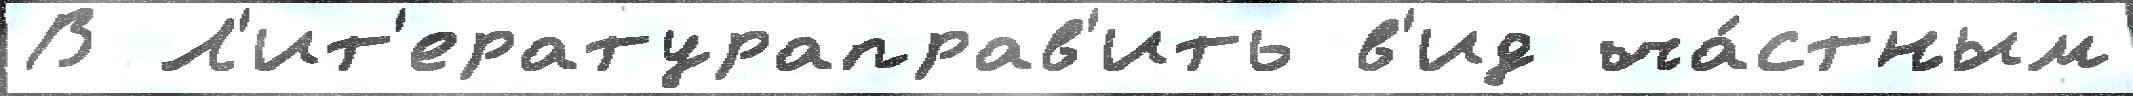
В Л'ит'ератураправ'ить в'ид ча́стным